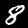
Digit: 8